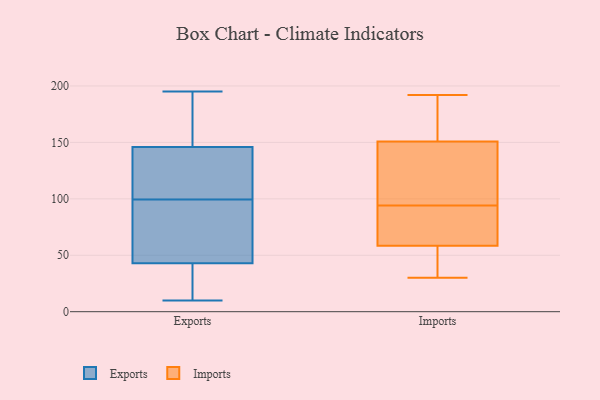
{"axis": {"x": "Backlog", "y": "Value"}, "legend": ["Exports", "Imports"], "data": [{"x": "", "y": 10, "type": "Exports"}, {"x": "", "y": 49, "type": "Exports"}, {"x": "", "y": 90, "type": "Exports"}, {"x": "", "y": 118, "type": "Exports"}, {"x": "", "y": 25, "type": "Exports"}, {"x": "", "y": 109, "type": "Exports"}, {"x": "", "y": 146, "type": "Exports"}, {"x": "", "y": 66, "type": "Exports"}, {"x": "", "y": 189, "type": "Exports"}, {"x": "", "y": 126, "type": "Exports"}, {"x": "", "y": 195, "type": "Exports"}, {"x": "", "y": 43, "type": "Exports"}, {"x": "", "y": 166, "type": "Exports"}, {"x": "", "y": 22, "type": "Exports"}, {"x": "", "y": 94, "type": "Imports"}, {"x": "", "y": 64, "type": "Imports"}, {"x": "", "y": 34, "type": "Imports"}, {"x": "", "y": 174, "type": "Imports"}, {"x": "", "y": 192, "type": "Imports"}, {"x": "", "y": 122, "type": "Imports"}, {"x": "", "y": 57, "type": "Imports"}, {"x": "", "y": 59, "type": "Imports"}, {"x": "", "y": 117, "type": "Imports"}, {"x": "", "y": 69, "type": "Imports"}, {"x": "", "y": 144, "type": "Imports"}, {"x": "", "y": 122, "type": "Imports"}, {"x": "", "y": 44, "type": "Imports"}, {"x": "", "y": 59, "type": "Imports"}, {"x": "", "y": 30, "type": "Imports"}, {"x": "", "y": 171, "type": "Imports"}, {"x": "", "y": 192, "type": "Imports"}]}